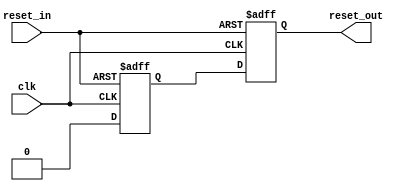
// -------------------------------------------------------------
// 
// 
// Generated by MATLAB 9.6 and HDL Coder 3.14
// 
// -------------------------------------------------------------


// -------------------------------------------------------------
// 
// Module: BirdEyeViewImproved_ip_reset_sync
// Source Path: BirdEyeViewImproved_ip/BirdEyeViewImproved_ip_reset_sync
// Hierarchy Level: 1
// 
// -------------------------------------------------------------

`timescale 1 ns / 1 ns

module BirdEyeViewImproved_ip_reset_sync
          (clk,
           reset_in,
           reset_out);


  input   clk;
  input   reset_in;  // ufix1
  output  reset_out;  // ufix1


  wire enb;
  wire const_0;  // ufix1
  wire const_1;  // ufix1
  reg  reset_pipe;  // ufix1
  reg  reset_out_1;  // ufix1


  assign const_0 = 1'b0;



  assign const_1 = 1'b1;



  assign enb = const_1;

  always @(posedge clk or posedge reset_in)
    begin : reg_reset_pipe_process
      if (reset_in == 1'b1) begin
        reset_pipe <= 1'b1;
      end
      else begin
        if (enb) begin
          reset_pipe <= const_0;
        end
      end
    end



  always @(posedge clk or posedge reset_in)
    begin : reg_reset_delay_process
      if (reset_in == 1'b1) begin
        reset_out_1 <= 1'b1;
      end
      else begin
        if (enb) begin
          reset_out_1 <= reset_pipe;
        end
      end
    end



  assign reset_out = reset_out_1;

endmodule  // BirdEyeViewImproved_ip_reset_sync